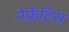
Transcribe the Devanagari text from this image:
नेफ्रैटिस